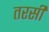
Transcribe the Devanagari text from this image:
तरसी